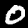
Digit: 0